Riigikantselei, lk 137
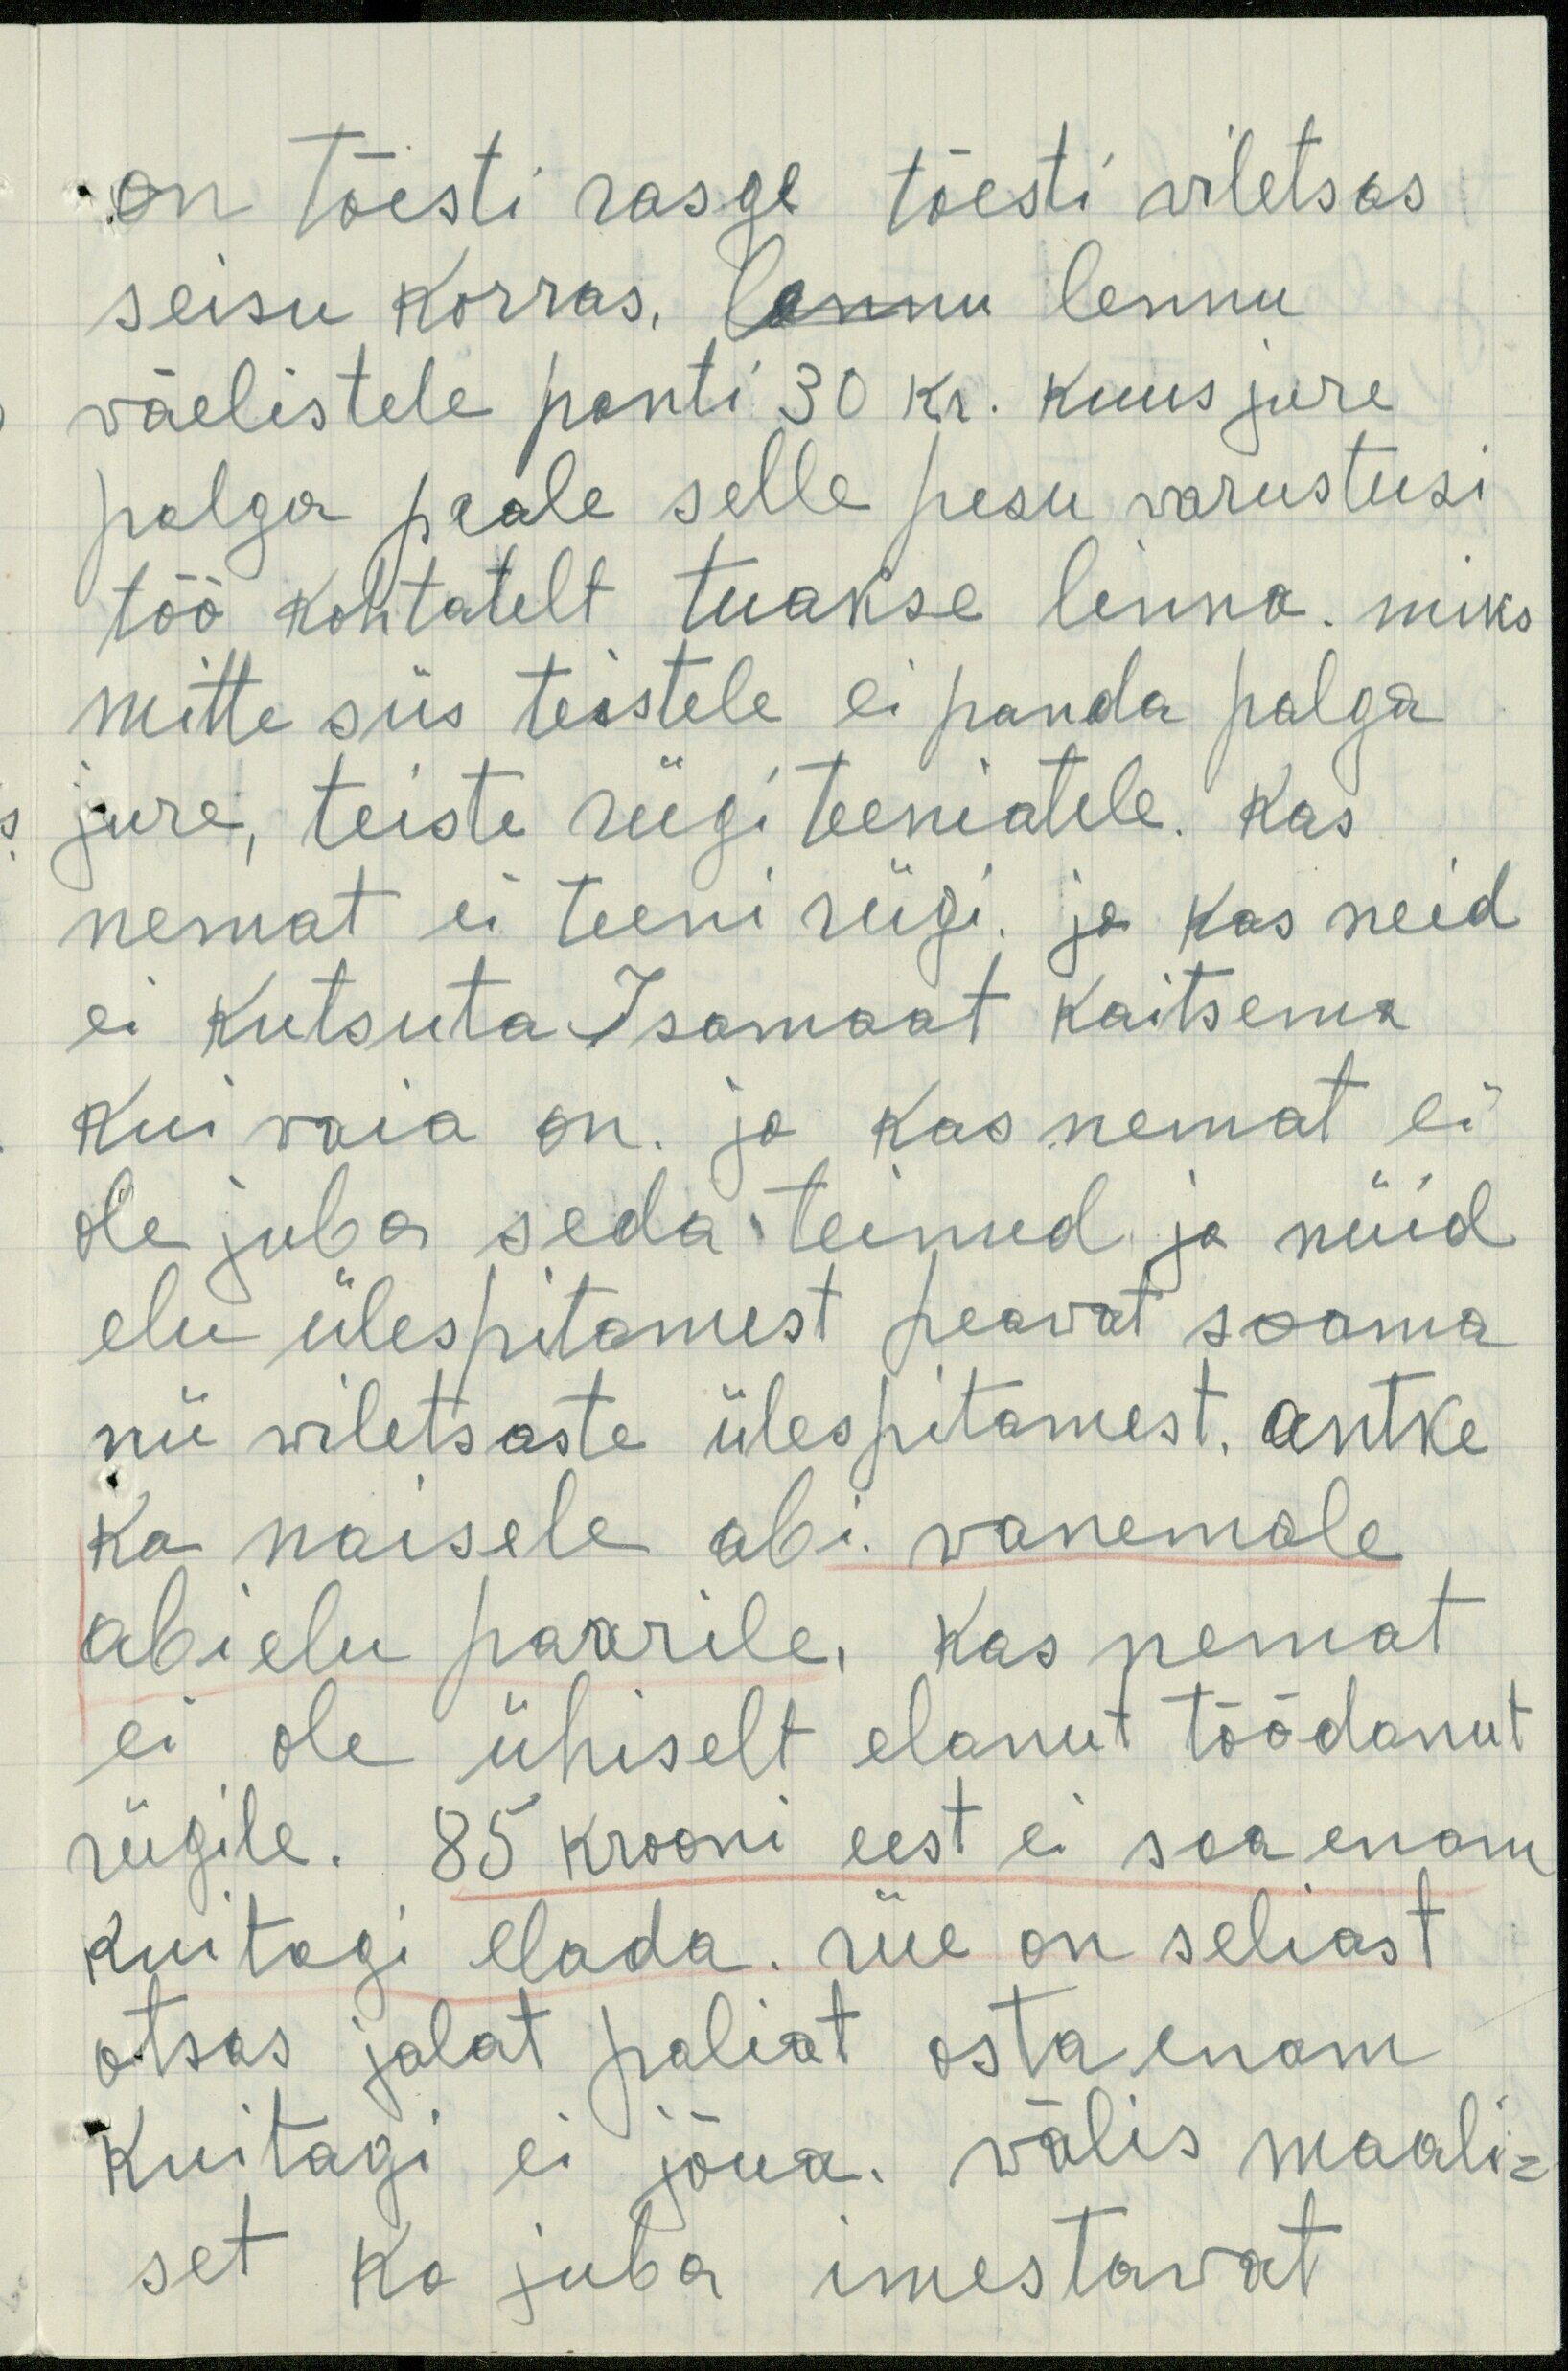
on tõesti rasge tõesti viletsas
seisu korras, lannu lennu
väelistele panti 30 kr. kuus jure
palga peale selle pesu varustusi
töö kohtatelt tuakse linna. miks
mitte siis teistele ei panda palga
jure, teiste riigi teeniatele. Kas
nemat ei teeni riigi. ja kas neid
ei kutsuta Isamaat kaitsema
kui vaia on. ja kas nemat ei
ole juba seda teinud ja nüid
elu ülespitamest peawat saama
nii wiletsaste ülespitamest. antke
ka naisele abi. vanemale
abielu paarile, kas nemat
ei ole ühiselt elanut töödanut
riigile. 85 krooni eest ei saa enam
kuitagi elada. riie on seliast
otsas jalat paliat osta enam
kuitagi ei jõua. välis maali-
set ka juba imestawat